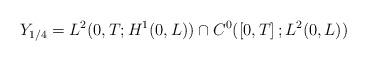
LaTeX: \begin{align*}Y_{1/4}=L^{2}( 0,T;H^{1}( 0,L) ) \cap C^{0}(\left[ 0,T\right] ;L^{2}( 0,L) ) \end{align*}